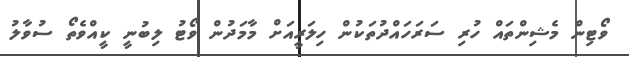
ވޯޓިން މެޝިންތައް ހުރި ސަރަހައްދުތަކުން ހިލަރީއަށް މާމަދުން ވޯޓު ލިބުނީ ކީއްވެތޯ ސުވާލު